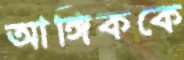
আঙ্গিককে